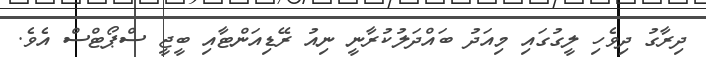
ދިރާގު ދިވެހި ލީގުގައި މިއަދު ބައްދަލުކުރާނީ ނިއު ރޭޑިއަންޓާއި ބީޖީ ސްޕޯޓްސް އެވެ.